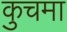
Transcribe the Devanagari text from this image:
कुचमा